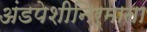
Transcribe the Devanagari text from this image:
अंडपेशीनिर्माता